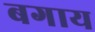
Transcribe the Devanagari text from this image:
बगाय